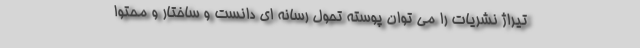
تیراژ نشریات را می توان پوسته تحول رسانه ای دانست و ساختار و محتوا